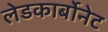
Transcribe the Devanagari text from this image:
लेडकार्बोनेट